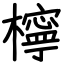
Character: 檸